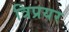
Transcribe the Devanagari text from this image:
त्रिप्रयर